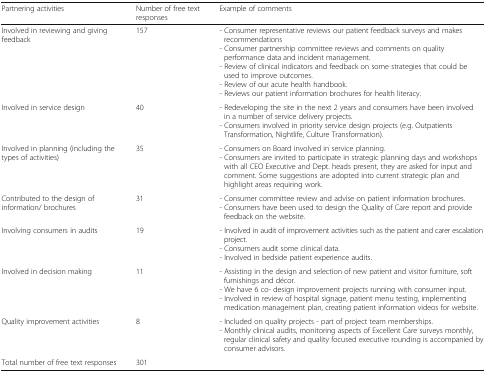
| Partnering activities | Number of free text responses | Example of comments |
 | --- | --- | --- |
 | Involved in reviewing and giving feedback | 157 | - Consumer representative reviews our patient feedback surveys and makes recommendations- Consumer partnership committee reviews and comments on quality performance data and incident management.- Review of clinical indicators and feedback on some strategies that could be used to improve outcomes.- Review of our acute health handbook.- Reviews our patient information brochures for health literacy. |
 | Involved in service design | 40 | - Redeveloping the site in the next 2 years and consumers have been involved in a number of service delivery projects.- Consumers involved in priority service design projects (e.g. Outpatients Transformation, Nightlife, Culture Transformation). |
 | Involved in planning (including the types of activities) | 35 | - Consumers on Board involved in service planning.- Consumers are invited to participate in strategic planning days and workshops with all CEO Executive and Dept. heads present, they are asked for input and comment. Some suggestions are adopted into current strategic plan and highlight areas requiring work. |
 | Contributed to the design of information/ brochures | 31 | - Consumer committee review and advise on patient information brochures.- Consumers have been used to design the Quality of Care report and provide feedback on the website. |
 | Involving consumers in audits | 19 | - Involved in audit of improvement activities such as the patient and carer escalation project.- Consumers audit some clinical data.- Involved in bedside patient experience audits. |
 | Involved in decision making | 11 | - Assisting in the design and selection of new patient and visitor furniture, soft furnishings and décor.- We have 6 co- design improvement projects running with consumer input.- Involved in review of hospital signage, patient menu testing, implementing medication management plan, creating patient information videos for website. |
 | Quality improvement activities | 8 | - Included on quality projects - part of project team memberships.- Monthly clinical audits, monitoring aspects of Excellent Care surveys monthly, regular clinical safety and quality focused executive rounding is accompanied by consumer advisors. |
 | Total number of free text responses | 301 |  |